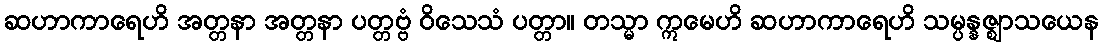
ဆဟာကာရေဟိ အတ္တနာ အတ္တနာ ပတ္တဗ္ဗံ ဝိသေသံ ပတ္တာ။ တသ္မာ ဣမေဟိ ဆဟာကာရေဟိ သမ္ပန္နဇ္ဈာသယေန